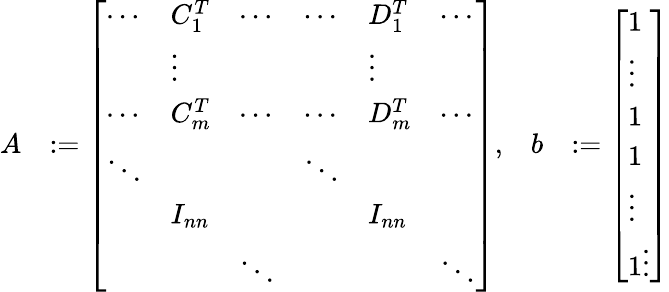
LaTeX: \begin{array}{rlrl}{A}&{:=\left[\begin{array}{llllll}{\cdots}&{C_{1}^{T}}&{\cdots}&{\cdots}&{D_{1}^{T}}&{\cdots}\\ &{\vdots}&&&{\vdots}&\\ {\cdots}&{C_{m}^{T}}&{\cdots}&{\cdots}&{D_{m}^{T}}&{\cdots}\\ {\ddots}&&&{\ddots}&&\\ &{I_{nn}}&&&{I_{nn}}&\\ &&{\ddots}&&&{\ddots}\end{array}\right],}&{b}&{:=\left[\begin{array}{l}{1}\\ {\vdots}\\ {1}\\ {1}\\ {\vdots}\\ {1\vdots}\end{array}\right]}\end{array}